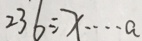
2 3 6 \div x \cdots a